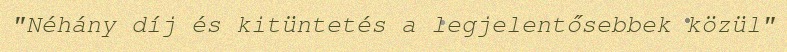
"Néhány díj és kitüntetés a legjelentősebbek közül"